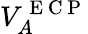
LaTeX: V_{A}^{\mathrm{~E~C~P~}}